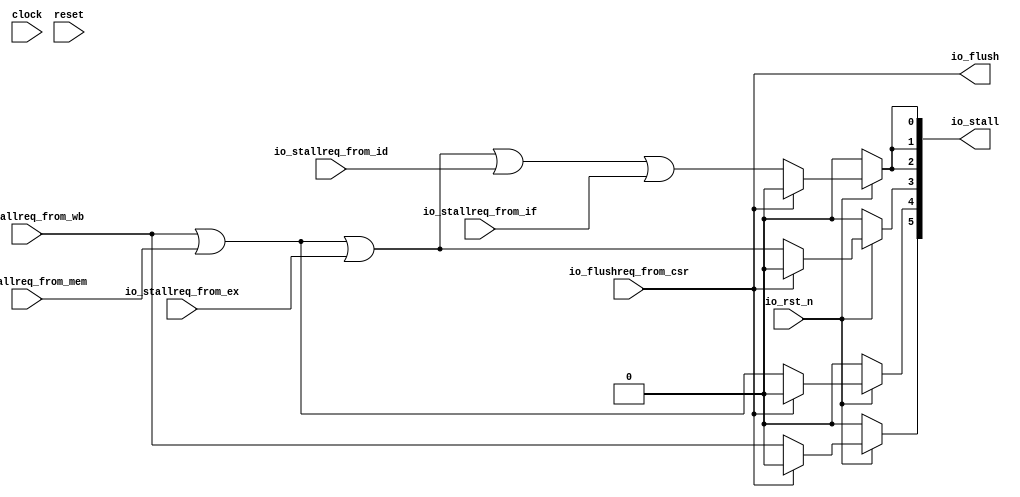
module ControlUnit(
  input        clock,
  input        reset,
  input        io_rst_n,
  input        io_flushreq_from_csr,
  input        io_stallreq_from_if,
  input        io_stallreq_from_id,
  input        io_stallreq_from_ex,
  input        io_stallreq_from_mem,
  input        io_stallreq_from_wb,
  output       io_flush,
  output [5:0] io_stall
);
  wire  _T_4; // @[ControlUnit.scala 28:56]
  wire  _T_6; // @[ControlUnit.scala 28:92]
  wire  _T_8; // @[ControlUnit.scala 28:127]
  wire  _T_10; // @[ControlUnit.scala 28:162]
  wire  _GEN_0; // @[ControlUnit.scala 25:46]
  wire  _GEN_3; // @[ControlUnit.scala 25:46]
  wire  _GEN_4; // @[ControlUnit.scala 25:46]
  wire  _GEN_5; // @[ControlUnit.scala 25:46]
  wire  stall_b_0; // @[ControlUnit.scala 23:33]
  wire  stall_b_3; // @[ControlUnit.scala 23:33]
  wire  stall_b_4; // @[ControlUnit.scala 23:33]
  wire  stall_b_5; // @[ControlUnit.scala 23:33]
  wire [31:0] _T_74; // @[ControlUnit.scala 35:23]
  assign _T_4 = io_stallreq_from_wb | io_stallreq_from_mem; // @[ControlUnit.scala 28:56]
  assign _T_6 = _T_4 | io_stallreq_from_ex; // @[ControlUnit.scala 28:92]
  assign _T_8 = _T_6 | io_stallreq_from_id; // @[ControlUnit.scala 28:127]
  assign _T_10 = _T_8 | io_stallreq_from_if; // @[ControlUnit.scala 28:162]
  assign _GEN_0 = io_flushreq_from_csr ? 1'h0 : _T_10; // @[ControlUnit.scala 25:46]
  assign _GEN_3 = io_flushreq_from_csr ? 1'h0 : _T_6; // @[ControlUnit.scala 25:46]
  assign _GEN_4 = io_flushreq_from_csr ? 1'h0 : _T_4; // @[ControlUnit.scala 25:46]
  assign _GEN_5 = io_flushreq_from_csr ? 1'h0 : io_stallreq_from_wb; // @[ControlUnit.scala 25:46]
  assign stall_b_0 = io_rst_n ? _GEN_0 : 1'h0; // @[ControlUnit.scala 23:33]
  assign stall_b_3 = io_rst_n ? _GEN_3 : 1'h0; // @[ControlUnit.scala 23:33]
  assign stall_b_4 = io_rst_n ? _GEN_4 : 1'h0; // @[ControlUnit.scala 23:33]
  assign stall_b_5 = io_rst_n ? _GEN_5 : 1'h0; // @[ControlUnit.scala 23:33]
  assign _T_74 = {16'h0,8'h0,2'h0,stall_b_5,stall_b_4,stall_b_3,stall_b_0,stall_b_0,stall_b_0}; // @[ControlUnit.scala 35:23]
  assign io_flush = io_flushreq_from_csr; // @[ControlUnit.scala 36:12]
  assign io_stall = _T_74[5:0]; // @[ControlUnit.scala 24:14 ControlUnit.scala 26:14 ControlUnit.scala 35:12]
endmodule